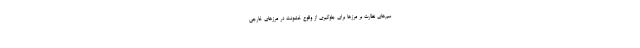
سم‌های نظارت بر مرزها برای جلوگیری از وقوع خشونت در مرزهای خارجی